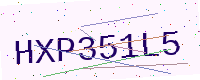
Text: HXP351L5